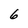
Character: 6